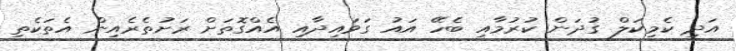
އަދި ކެމިކަލް ގުދަން ކުރުމާއި ބެހޭ އައު ގަވައިދާއި އެއްގޮތަށް ރަށުތެރެއިން އެތަކެތި